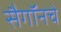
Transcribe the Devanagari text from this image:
सैगॉनचे